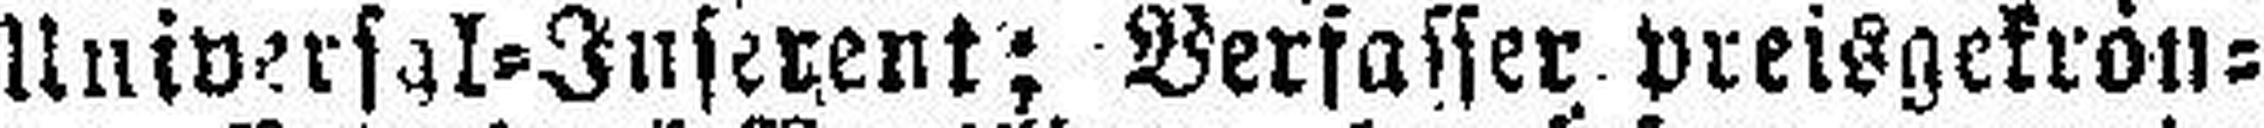
Universal=Inserent; Verfasser preisgekrön¬